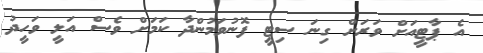
އެ ޕާޓީއަށް ވަރަށް ގިނަ ސިޓީ ފޮނުވަމުންދާ ކަމަށް ވެސް އަލީ ވަހީދު